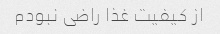
از کیفیت غذا راضی نبودم